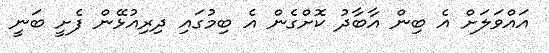
އައްވަލަށް އެ ބިން އާބާދު ކޮށްގެން އެ ބިމުގައި ދިރިއުޅޭން ފެށީ ބަނީ